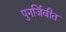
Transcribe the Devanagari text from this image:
पुनर्जिवीत